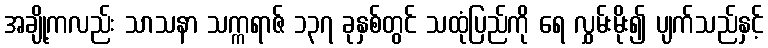
အချို့ကလည်း သာသနာ သက္ကရာဇ် ၁၃၇ ခုနှစ်တွင် သထုံပြည်ကို ရေ လွှမ်းမိုး၍ ပျက်သည်နှင့်